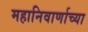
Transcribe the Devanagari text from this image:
महानिवार्णाच्या